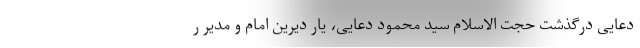
دعایی درگذشت حجت الاسلام سید محمود دعایی، یار دیرین امام و مدیر ر